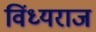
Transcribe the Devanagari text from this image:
विंध्यराज